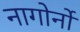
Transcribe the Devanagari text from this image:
नागोर्नो